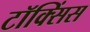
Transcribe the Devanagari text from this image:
टॉक्सिंस